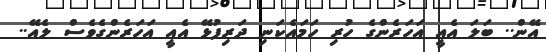
އޭން.. ބަލަ އެއީ އަހަރެންގެ ހުރި ހަމައެކަނި ދަރިފުޅޭ އެއީ އަހަރެންގެވެސް ލެއޭ..